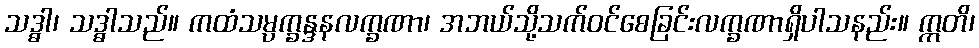
သဒ္ဓါ၊ သဒ္ဓါသည်။ ကထံသမ္ပက္ခန္ဒနလက္ခဏာ၊ အဘယ်သို့သက်ဝင်စေခြင်းလက္ခဏာရှိပါသနည်း။ ဣတိ၊